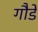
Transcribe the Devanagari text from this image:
गौडे